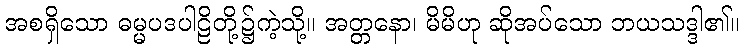
အစရှိသော ဓမ္မပဒပါဠိတို့၌ကဲ့သို့။ အတ္တနော၊ မိမိဟု ဆိုအပ်သော ဘယသဒ္ဒါ၏။